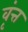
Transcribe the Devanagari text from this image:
वृंत्त